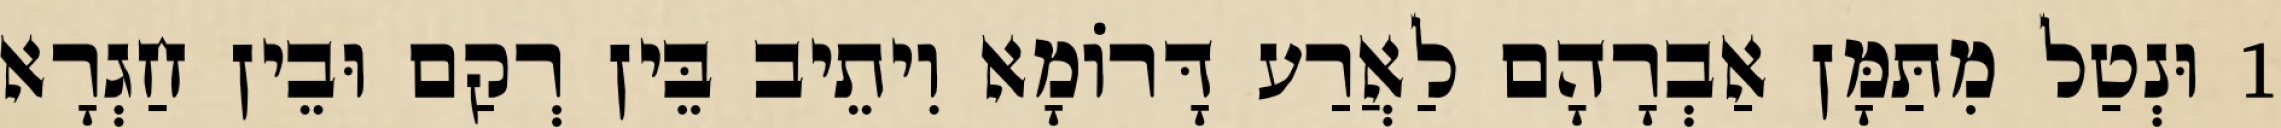
1 וּנְטַל מִתַּמָּן אַבְרָהָם לַאֲרַע דָּרוֹמָא וִיתֵיב בֵּין רְקַם וּבֵין חַגְרָא